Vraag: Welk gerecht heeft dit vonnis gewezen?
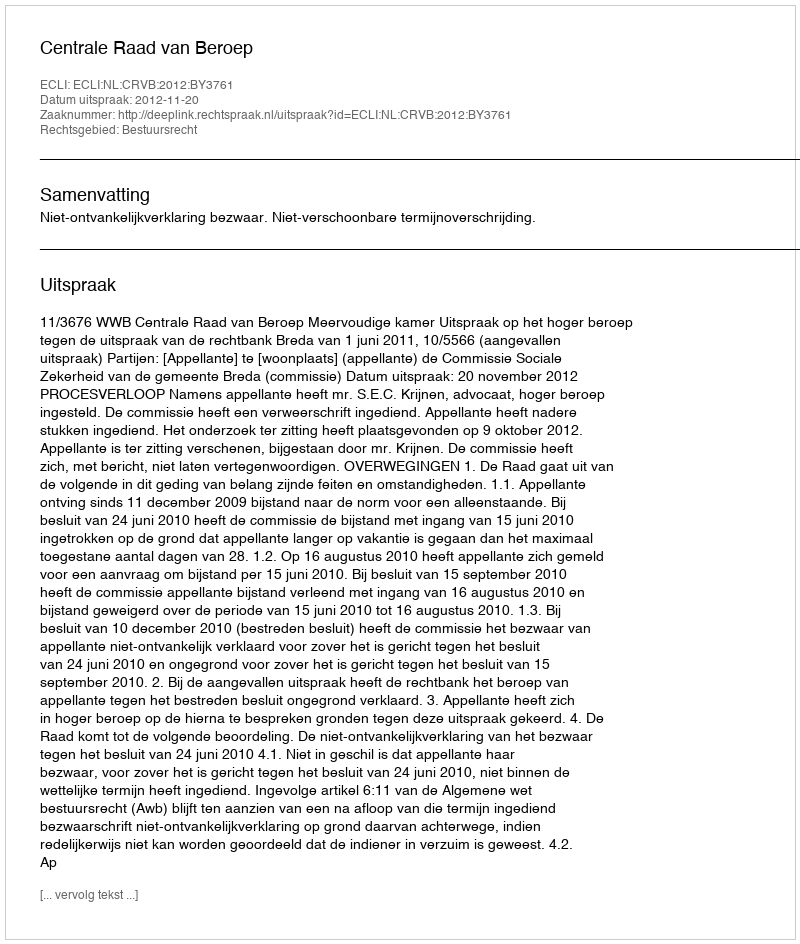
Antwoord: Centrale Raad van Beroep